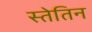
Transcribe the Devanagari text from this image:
स्तेतिन